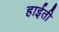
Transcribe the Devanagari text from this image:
हाईती